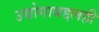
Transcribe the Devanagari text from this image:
उद्योगाबद्दलही